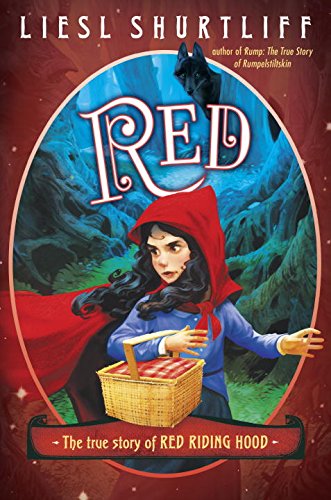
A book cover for Red: The True Story of Red Riding Hood; Liesl Shurtliff; Children's Books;